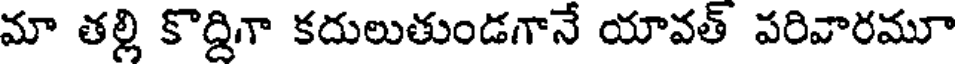
మా తల్లి కొద్దిగా కదులుతుండగానే యావత్ పరివారమూ